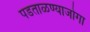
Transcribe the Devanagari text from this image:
पडताळण्याजोगा